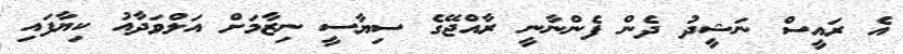
އެ ރައީސް ނަޝީދު ދެން ފެންނާނީ ރާއްޖޭގެ ސިޔާސީ ނިޒާމަށް އަލްވަދާއު ކިޔާފައި